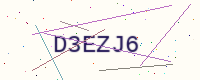
Text: D3EZJ6